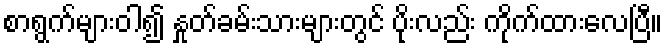
စာရွက်များဝါ၍ နှုတ်ခမ်းသားများတွင် ပိုးလည်း ကိုက်ထားလေပြီ။